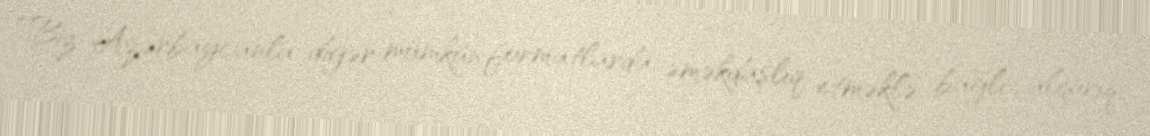
“Biz Azərbaycanla digər mümkün formatlarda əməkdaşlıq etməklə bağlı çalışırıq,